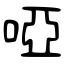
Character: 啞